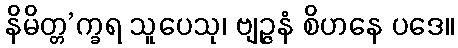
နိမိတ္တ’က္ခရ သူပေသု၊ ဗျဉ္ဇနံ စိဟနေ ပဒေ။